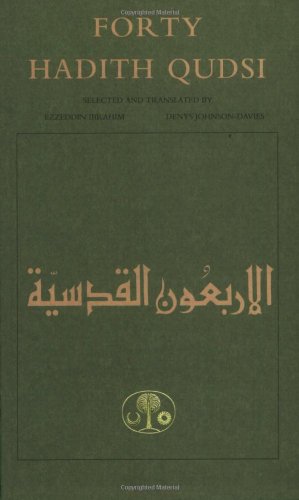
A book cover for Forty Hadith Qudsi (Islamic Texts Society); Religion & Spirituality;